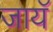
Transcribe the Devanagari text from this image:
जायॅ